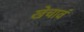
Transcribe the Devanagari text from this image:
खेचावं